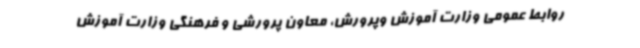
روابط عمومی وزارت آموزش وپرورش، معاون پرورشی و فرهنگی وزارت آموزش